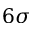
6 \sigma